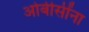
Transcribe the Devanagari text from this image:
ओबीसींना